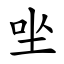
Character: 㘴